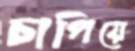
চাপিয়ে